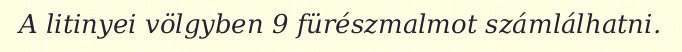
A litinyei völgyben 9 fürészmalmot számlálhatni.